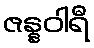
ဇန္နဝါရီ